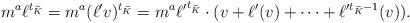
LaTeX: \begin{align*}m^a \ell^{t_{\widetilde K}} = m^a (\ell'v)^{t_{\widetilde K}} = m^a {\ell'}^{t_{\widetilde K}} \cdot (v + \ell'(v) + \dots + \ell'^{t_{\widetilde K} - 1}(v) ).\end{align*}